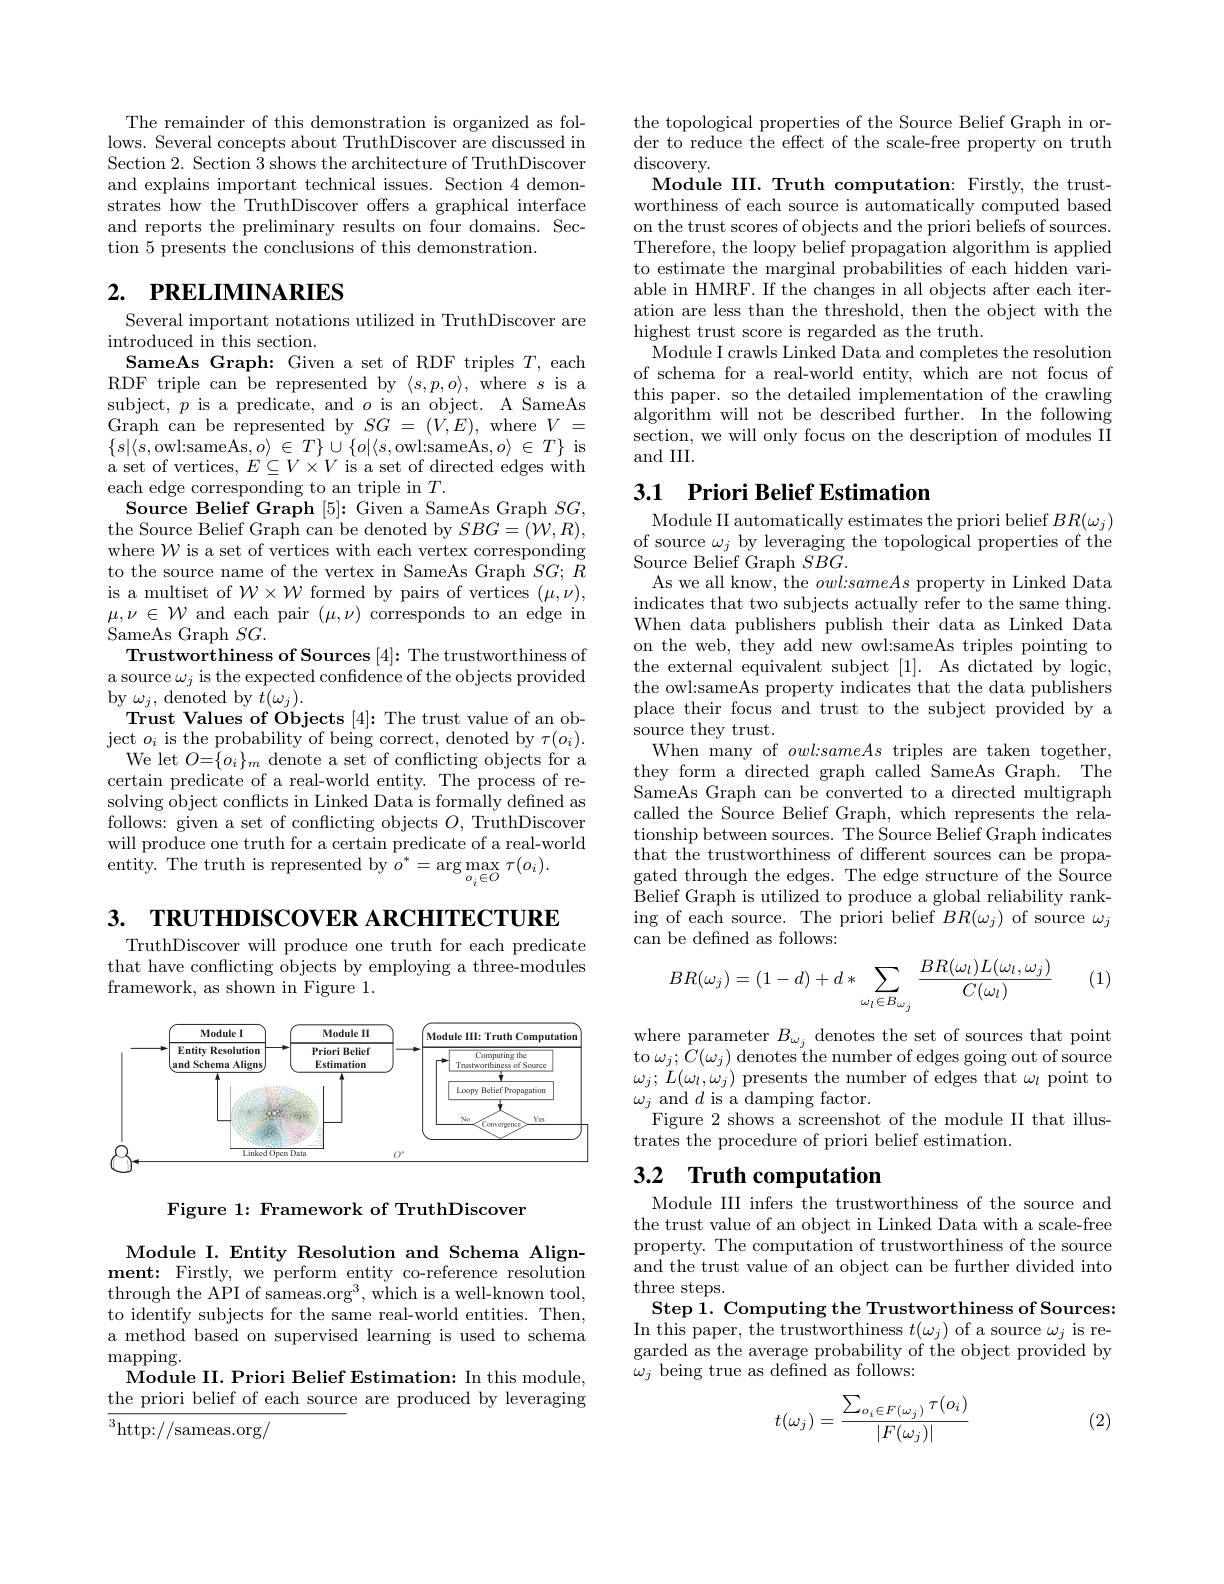
The remainder of this demonstration is organized as follows. Several concepts about TruthDiscover are discussed in Section 2. Section $\hat{3}$ shows the architecture of TruthDiscover and explains important technical issues. Section 4 demonstrates how the TruthDiscover offers a graphical interface and reports the preliminary results on four domains. Section 5 presents the conclusions of this demonstration.

# 2. РRELIMINARIES

Several important notations utilized in TruthDiscover are
introduced in this section.
SameAs Graph: Given a set of RDF triples $T$, each RDF triple can be represented by $\langle s,p,o\rangle$, where $s$ is a subject, $p$ is a predicate, and $o$ is an object. A SameAs Graph can be represented by $SG=(V,E)$, where $V=$ $\{s|\langle s$,owl:sameAs$,o\rangle\in T\}\cup\{o|\langle s$,owl:sameAs$,o\rangle\in T\}$ is set of vertices, $E\subseteq V\times V$ is a set of directed edges with
each edge corresponding to an triple in $T.$
Source Belief Graph [5]{:} Given a SameAs Graph $SG$, the Source Belief Graph can be denoted by $SBG=(\mathcal{W},R)$, where $\mathcal{W}$ is a set of vertices with each vertex corresponding to the source name of the vertex in SameAs Graph $SG;R$ is a multiset of $\mathcal{W}\times\mathcal{W}$ formed by pairs of vertices $(\mu,\nu)$, $\mu,\nu\in\mathcal{W}$ and each pair $(\mu,\nu)$ corresponds to an edge in SameAs Graph $SG.$
Trustworthiness of Sources [4]: The trustworthiness of a source $\omega_j$ is the expected confidence of the objects provided $\operatorname{by}\omega_{j}$,denoted by $\bar{t}(\omega_{j}).$
Trust Values of Objects [4]: The trust value of an object $o_{i}$ is the probability of being correct, denoted by $\tau(o_{i}).$ We let $O=\{o_{i}\}_{m}$ denote a set of conflicting objects for a certain predicate of a real-world entity. The process of resolving object conflicts in Linked Data is formally defined as follows: given a set of conflicting objects $O$, TruthDiscover will produce one truth for a certain predicate of a real-world ${\mathrm{entity.~The~truth~is~represented~by~}o^{*}=\arg\max_{o_{i}\in O}\tau(o_{i}).}$

3. TRUTHDISCOVER ARCHITECTURE

TruthDiscover will produce one truth for each predicate that have conflicting objects by employing a three-modules framework, as shown in Figure 1.

<FigureHere>

Figure 1: Framework of TruthDiscover

Module I.Entity Resolution and Schema Alignment: Firstly, we perform entity co-reference resolution through the API of sameas.org$^3$,which is a well-known tool, to identify subjects for the same real-world entities. Then, a method based on supervised learning is used to schema ${\mathrm{mapping}}.$
Module II. Priori Belief Estimation: In this module, the priori belief of each source are produced by leveraging

${\overline{^3}\mathrm{http://sameas.org/}}$

the topological properties of the Source Belief Graph in order to reduce the effect of the scale-free property on truth $\operatorname{discovery}.$
Module III. Truth computation: Firstly, the trustworthiness of each source is automatically computed based on the trust scores of objects and the priori beliefs of sources. Therefore, the loopy belief propagation algorithm is applied to estimate the marginal probabilities of each hidden variable in HMRF. If the changes in all objects after each iteration are less than the threshold, then the object with the highest trust score is regarded as the truth.
Module I crawls Linked Data and completes the resolution of schema for a real-world entity, which are not focus of this paper. so the detailed implementation of the crawling algorithm will not be described further. In the following section, we will only focus on the description of modules II and III.

## 3.1 Priori Belief Estimation

Module II automatically estimates the priori belief $BR( \omega _{j})$ of source $\omega_j$ by leveraging the topological properties of the Source Belief Graph $SBG.$
As we all know, the $owl:sameAs$ property in Linked Data indicates that two subjects actually refer to the same thing. When data publishers publish their data as Linked Data on the web, they add new owl:sameAs triples pointing to the external equivalent subject [1]. As dictated by logic, the owl:sameAs property indicates that the data publishers place their focus and trust to the subject provided by a source they trust.
When many of $owl:sameAs$ triples are taken together, they form a directed graph called SameAs Graph. The SameAs Graph can be converted to a directed multigraph called the Source Belief Graph, which represents the relationship between sources. The Source Belief Graph indicates that the trustworthiness of different sources can be propagated through the edges. The edge structure of the Source Belief Graph is utilized to produce a global reliability rank- $\begin{array}{l}\mathrm{ing~of~each~source.~The~priori~belief~}BR(\omega_{j})\text{ of source }\omega_{j}\\\mathrm{can~be~defined~as~follows:}\end{array}$
$$BR(\omega_j)=(1-d)+d*\sum_{\omega_l\in B_{\omega_j}}\frac{BR(\omega_l)L(\omega_l,\omega_j)}{C(\omega_l)}$$
(1)

where parameter $B_\omega_j$ denotes the set of sources that point to $\omega_j;\bar{C}(\omega_j)$ denotes the number of edges going out of source $\omega_j;L(\omega_l,\omega_j)$ presents the number of edges that $\omega_l$ point to $\omega_{j}$ and $d$ is a damping factor.
Figure 2 shows a screenshot of the module II that illus-
trates the procedure of priori belief estimation.

# 3.2 Truth computation

Module III infers the trustworthiness of the source and the trust value of an object in Linked Data with a scale-free property. The computation of trustworthiness of the source and the trust value of an object can be further divided into three steps.
Step $\hat{1}.$ Computing the Trustworthiness of Sources: $\begin{array}{l}\mathrm{In~this~paper,~the~trustworthiness~}t(\omega_{j})\text{ of a source }\omega_{j}\mathrm{~is~re-}\\\mathrm{garded~as~the~average~probability~of~the~object~provided~by}\end{array}$ $\bar{\omega}_j$ being true as defined as follows:
$$t(\omega_j)=\frac{\sum_{o_i\in F(\omega_j)}\tau(o_i)}{|F(\omega_j)|}$$
(2)